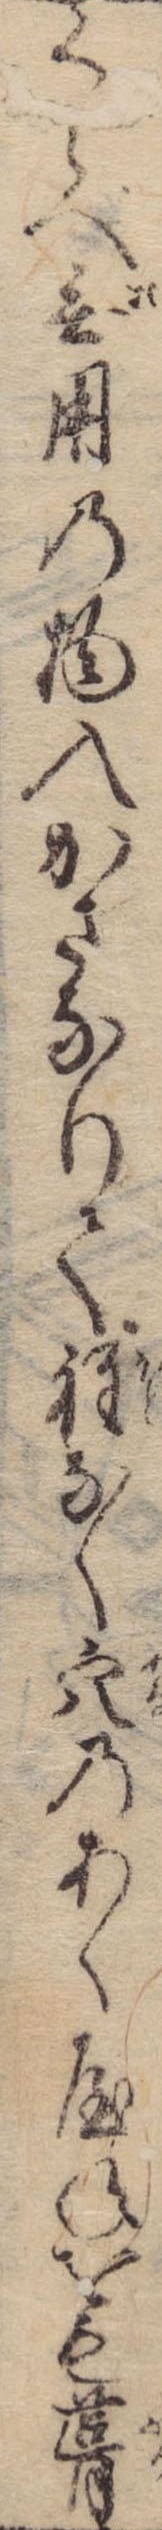
くらべ無用の物入かさなりて程なく穴のあく屋ねをも葺